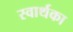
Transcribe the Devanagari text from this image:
स्वार्थका